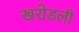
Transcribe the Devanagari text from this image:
खरोडली